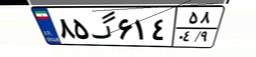
۸۵گ۶۱۴۵۸